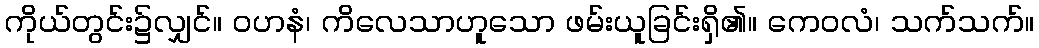
ကိုယ်တွင်း၌လျှင်။ ဝဟနံ၊ ကိလေသာဟူသော ဖမ်းယူခြင်းရှိ၏။ ကေဝလံ၊ သက်သက်။